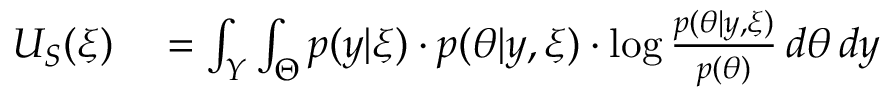
\begin{array} { r l } { U _ { S } ( \xi ) } & { { } = \int _ { Y } \int _ { \Theta } p ( y | \xi ) \cdot p ( \theta | y , \xi ) \cdot \log \frac { p ( \theta | y , \xi ) } { p ( \theta ) } \, d \theta \, d y } \end{array}